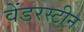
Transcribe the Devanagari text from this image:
वेंडरस्टीन